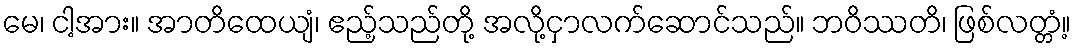
မေ၊ ငါ့အား။ အာတိထေယျံ၊ ဧည့်သည်တို့ အလို့ငှာလက်ဆောင်သည်။ ဘဝိဿတိ၊ ဖြစ်လတ္တံ့။